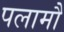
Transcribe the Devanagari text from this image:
पलामौ